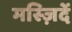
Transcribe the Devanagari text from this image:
मस्ज़िदें